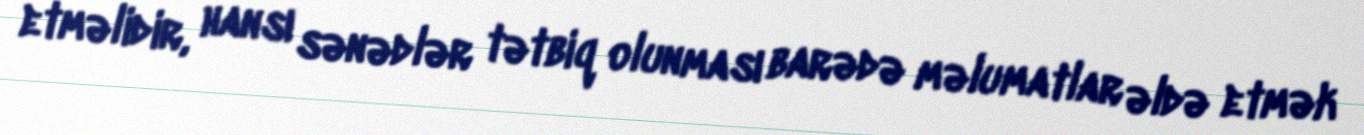
etməlidir, hansı sənədlər tətbiq olunması barədə məlumatlar əldə etmək